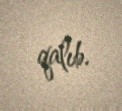
qalıb.